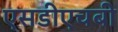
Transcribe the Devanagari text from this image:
एसडीएचबी